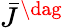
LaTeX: {{\bar{J}}^{\dag}}